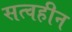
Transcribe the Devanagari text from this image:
सत्वहीन